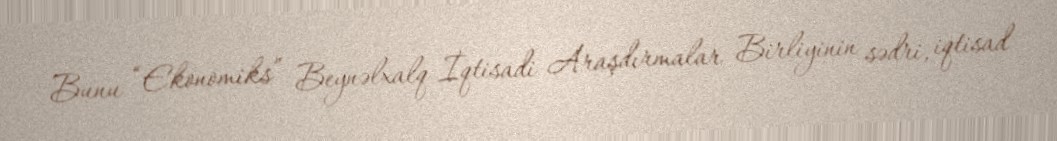
Bunu “Ekonomiks” Beynəlxalq İqtisadi Araşdırmalar Birliyinin sədri, iqtisad